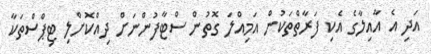
އަދި އެ އާއިލާގެ އެކި ފަރާތްތަކުން އަމިއްލަ ގޮތުން ސްޓާފުންނަށް ދިއްކޮށްލި ޓިޕްސްތަކާ